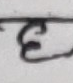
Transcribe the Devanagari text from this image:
ई